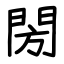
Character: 閍